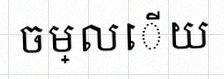
ចម្លើយ